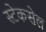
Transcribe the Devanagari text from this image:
स्टेकसेल